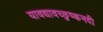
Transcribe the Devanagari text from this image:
यावद्यावच्छुष्कनदी